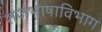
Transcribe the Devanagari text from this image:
राजभाषाविभाग